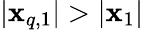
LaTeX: |\mathbf{x}_{q,1}|>|\mathbf{x}_{1}|